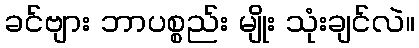
ခင်ဗျား ဘာပစ္စည်း မျိုး သုံးချင်လဲ။